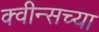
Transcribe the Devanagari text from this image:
क्वीन्सच्या